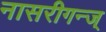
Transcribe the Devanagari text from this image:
नासरीगन्ज्